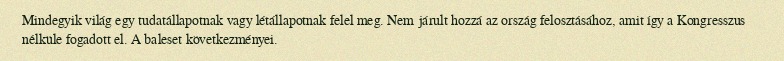
Mindegyik világ egy tudatállapotnak vagy létállapotnak felel meg. Nem járult hozzá az ország felosztásához, amit így a Kongresszus nélküle fogadott el. A baleset következményei.